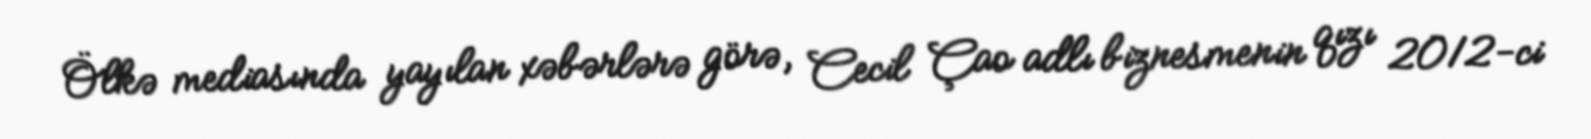
Ölkə mediasında yayılan xəbərlərə görə, Cecil Çao adlı biznesmenin qızı 2012-ci